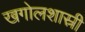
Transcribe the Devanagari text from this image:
खगोलशास्री